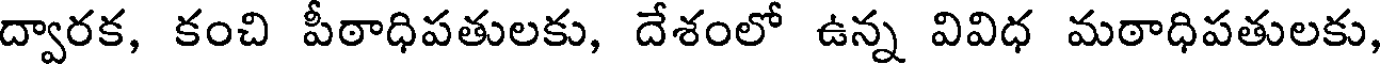
ద్వారక, కంచి పీఠాధిపతులకు, దేశంలో ఉన్న వివిధ మఠాధిపతులకు,